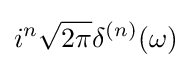
i^{n}{\sqrt {2\pi }}\delta ^{(n)}(\omega )